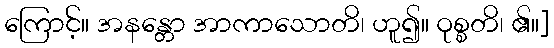
ကြောင့်။ အနန္တော အာကာသောတိ၊ ဟူ၍။ ဝုစ္စတိ၊ ၏။]